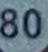
80